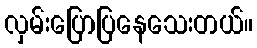
လှမ်းပြောပြနေသေးတယ်။